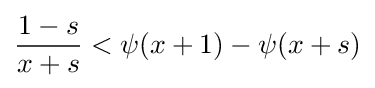
{\frac {1-s}{x+s}}<\psi (x+1)-\psi (x+s)